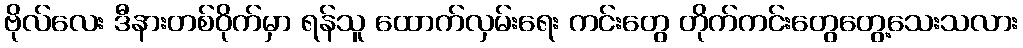
ဗိုလ်လေး ဒီနားတစ်ဝိုက်မှာ ရန်သူ ထောက်လှမ်းရေး ကင်းတွေ တိုက်ကင်းတွေတွေ့သေးသလား